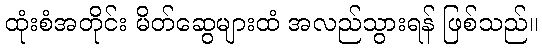
ထုံးစံအတိုင်း မိတ်ဆွေများထံ အလည်သွားရန် ဖြစ်သည်။